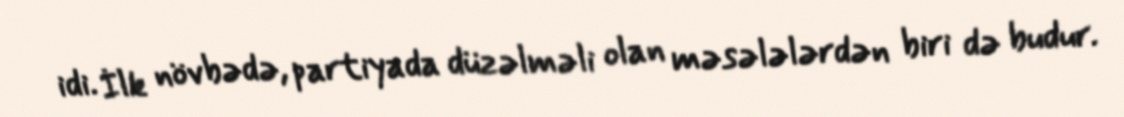
idi. İlk növbədə, partiyada düzəlməli olan məsələlərdən biri də budur.